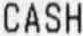
CASH